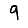
Digit: 9